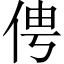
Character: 俜